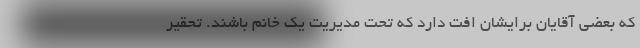
که بعضی آقایان برایشان افت دارد که تحت مدیریت یک خانم باشند. تحقیر